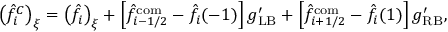
\left( \hat { f } _ { i } ^ { C } \right) _ { \xi } = \left( \hat { f } _ { i } \right) _ { \xi } + \left[ \hat { f } _ { i - 1 / 2 } ^ { \mathrm { c o m } } - \hat { f } _ { i } ( - 1 ) \right] g _ { \mathrm { L B } } ^ { \prime } + \left[ \hat { f } _ { i + 1 / 2 } ^ { \mathrm { c o m } } - \hat { f } _ { i } ( 1 ) \right] g _ { \mathrm { R B } } ^ { \prime } ,